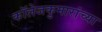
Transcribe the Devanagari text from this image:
कॉलेजकुमारांच्या